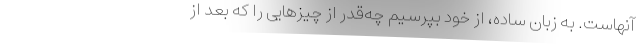
آنهاست. به زبان ساده، از خود بپرسیم چه‌قدر از چیزهایی را که بعد از